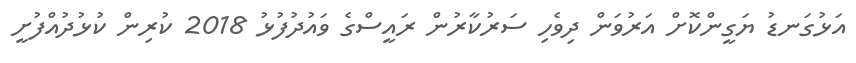
އަޅުގަނޑު ޔަގީންކޮށް އަރުވަން ދިވެހި ސަރުކާރުން ރައީސްގެ ވައުދުފުޅު 2018 ކުރިން ކުޅުދުއްފުށީ